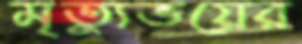
মৃত্যুভয়ের